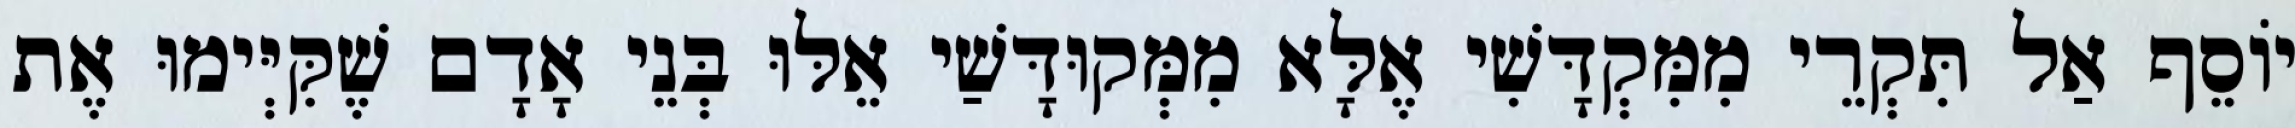
יוֹסֵף אַל תִּקְרֵי מִמִּקְדָּשִׁי אֶלָּא מִמְּקוּדָּשַׁי אֵלּוּ בְּנֵי אָדָם שֶׁקִּיְּימוּ אֶת